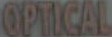
OPTICAL